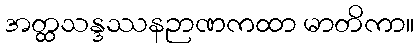
အတ္ထသန္ဒဿနဉာဏကထာ မာတိကာ။